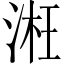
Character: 㳹